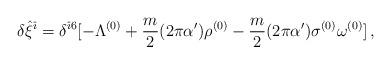
LaTeX: \begin{align*}\delta {\hat \xi}^{{\hat \imath}}=\delta^{{\hat \imath}6}[-\Lambda^{(0)}+\frac{m}{2}(2\pi\alpha^\prime){\rho}^{(0)}-\frac{m}{2}(2\pi\alpha^\prime)\sigma^{(0)}\omega^{(0)}]\, ,\end{align*}